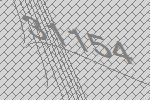
31154